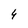
Character: 4